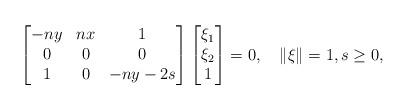
LaTeX: \begin{align*}\begin{bmatrix}-ny&nx&1\\ 0&0&0\\ 1&0&-ny-2s\end{bmatrix} \begin{bmatrix}\xi_1\\\xi_2\\1\end{bmatrix}=0, \quad\|\xi\|=1, s\geq0,\end{align*}